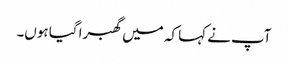
آپ نے کہا کہ میں گھبرا گیا ہوں۔